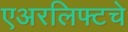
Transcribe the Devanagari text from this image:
एअरलिफ्टचे